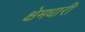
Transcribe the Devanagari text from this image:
क्षेमधारी